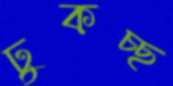
ঢুকচ্ছ